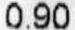
0.90